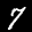
Label: 7